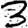
Digit: 3